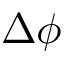
\Delta \phi